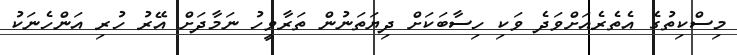
މިސްކިތުގެ އެތެރެއަށްވަދެ ވަކި ހިސާބަކަށް ދިޔަތަނުން ތަރާވީހު ނަމާދަށް އޭރު ހުރި އަންހެނަކު